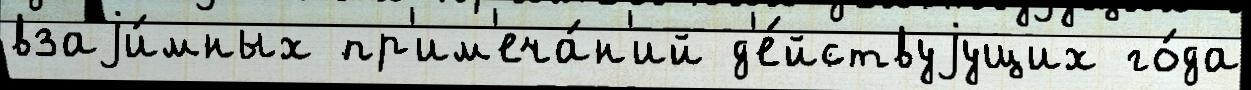
взаjи́мных пр'им'еча́н'ий д'е́йствуjущих го́да